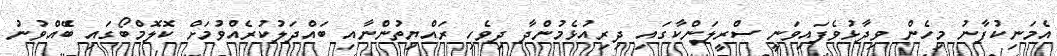
އެމަނިކުފާނު މިހެން ވިދާޅުވެފައިވަނީ ސްރީލަންކާގައި ދިރިއުޅެމުންދާ ދިވެހި ރައްޔިތުންނާއި ބައްދަލުކުރެއްވުމަށް ކޮލޮމްބޯގައި ބެޭއްވުނު